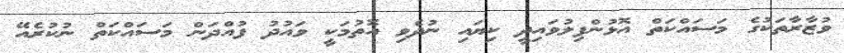
ވުޒާރާތަކުގެ މަސައްކަތް އޮޅުންފިލުވައިދީ ކިޔައި ނުދެވި އޮތުމަކީ ވައުދު ފުއްދަން މަސައްކަތް ނުކުރެއޭ